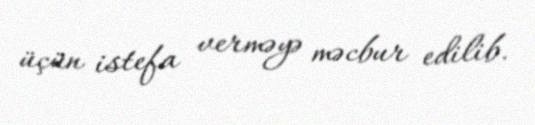
üçün istefa verməyə məcbur edilib.